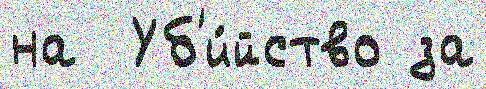
на  Уб'и́йство за